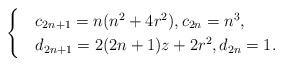
LaTeX: \begin{align*}\begin{cases}&c_{2n+1}=n(n^2+4r^2),c_{2n}=n^3,\\&d_{2n+1}=2(2n+1)z+2r^2,d_{2n}=1.\end{cases}\end{align*}